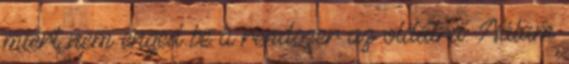
miért nem enged be a rendszer az oldalra. Nálam